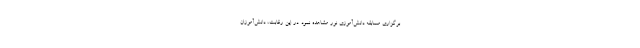
برگزاری مسابقه دانش‌آموزی نور مشاهده نمود. در این رقابت، دانش‌آموزان